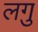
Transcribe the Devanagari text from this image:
लगु